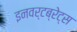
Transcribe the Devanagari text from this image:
इनवर्टब्रेट्स